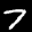
Label: 7